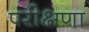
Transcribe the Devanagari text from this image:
परीक्षणा